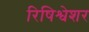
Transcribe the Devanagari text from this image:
रिषिश्वेशर